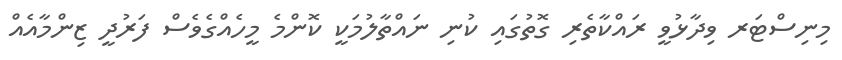
މިނިސްޓަރ ވިދާޅުވީ ރައްކާތެރި ގޮތުގައި ކުނި ނައްތާލުމަކީ ކޮންމެ މީހެއްގެވެސް ފަރުދީ ޒިންމާއެއް